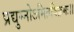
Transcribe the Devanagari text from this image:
प्रद्युम्नोऽमितविक्रमः।।